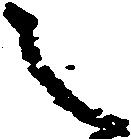
之